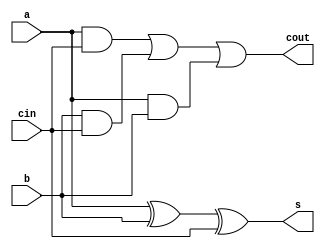
module full_adder (input a, input b, input cin, output cout, output s);
    wire and1, and2, and3;

    xor(s, a, b, cin);
	
    and(and3, a, b);
    and(and1, a, cin);
    and(and2, b, cin);

    or(cout, and1, and2, and3);
endmodule